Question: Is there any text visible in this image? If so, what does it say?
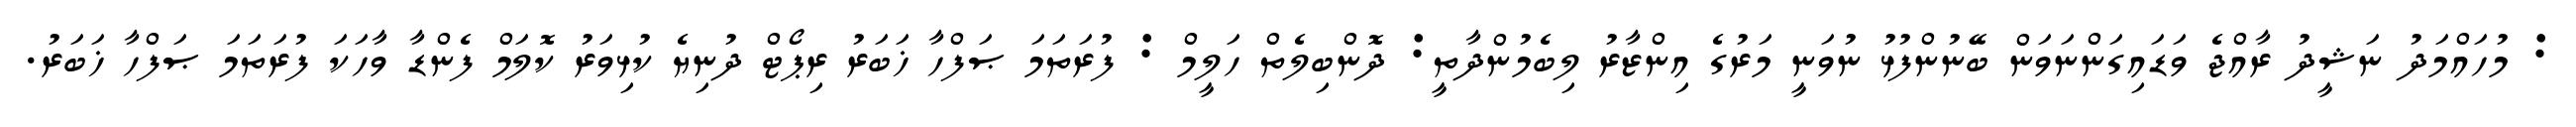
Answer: : މުހައްމަދު ނަޝީދު ރާއްޖެ ވަޑައިގަންނަވަން ބޭނުންފުޅު ނުވަނީ މަރުގެ އިންޒާރު ލިބެމުންދާތީ: ދޮންބިލެތް ހަލީމް : ފުރަތަމަ ޞަފްހާ ޚަބަރު ރިޕޯޓް ދުނިޔެ ކުޅިވަރު ކޮލަމް ފެންޑާ ވާހަކަ ފުރަތަމަ ޞަފްހާ ޚަބަރު.